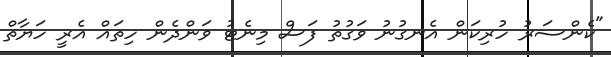
"ކެންސަރު ހުރިކަން އެނގުނު ވަގުތު ފަސް މިނެޓު ވަންދެން ހިތައް އެރީ ހަޔާތް